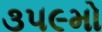
૩૫૯મો